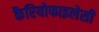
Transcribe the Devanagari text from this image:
कैरियोफाइलेसी